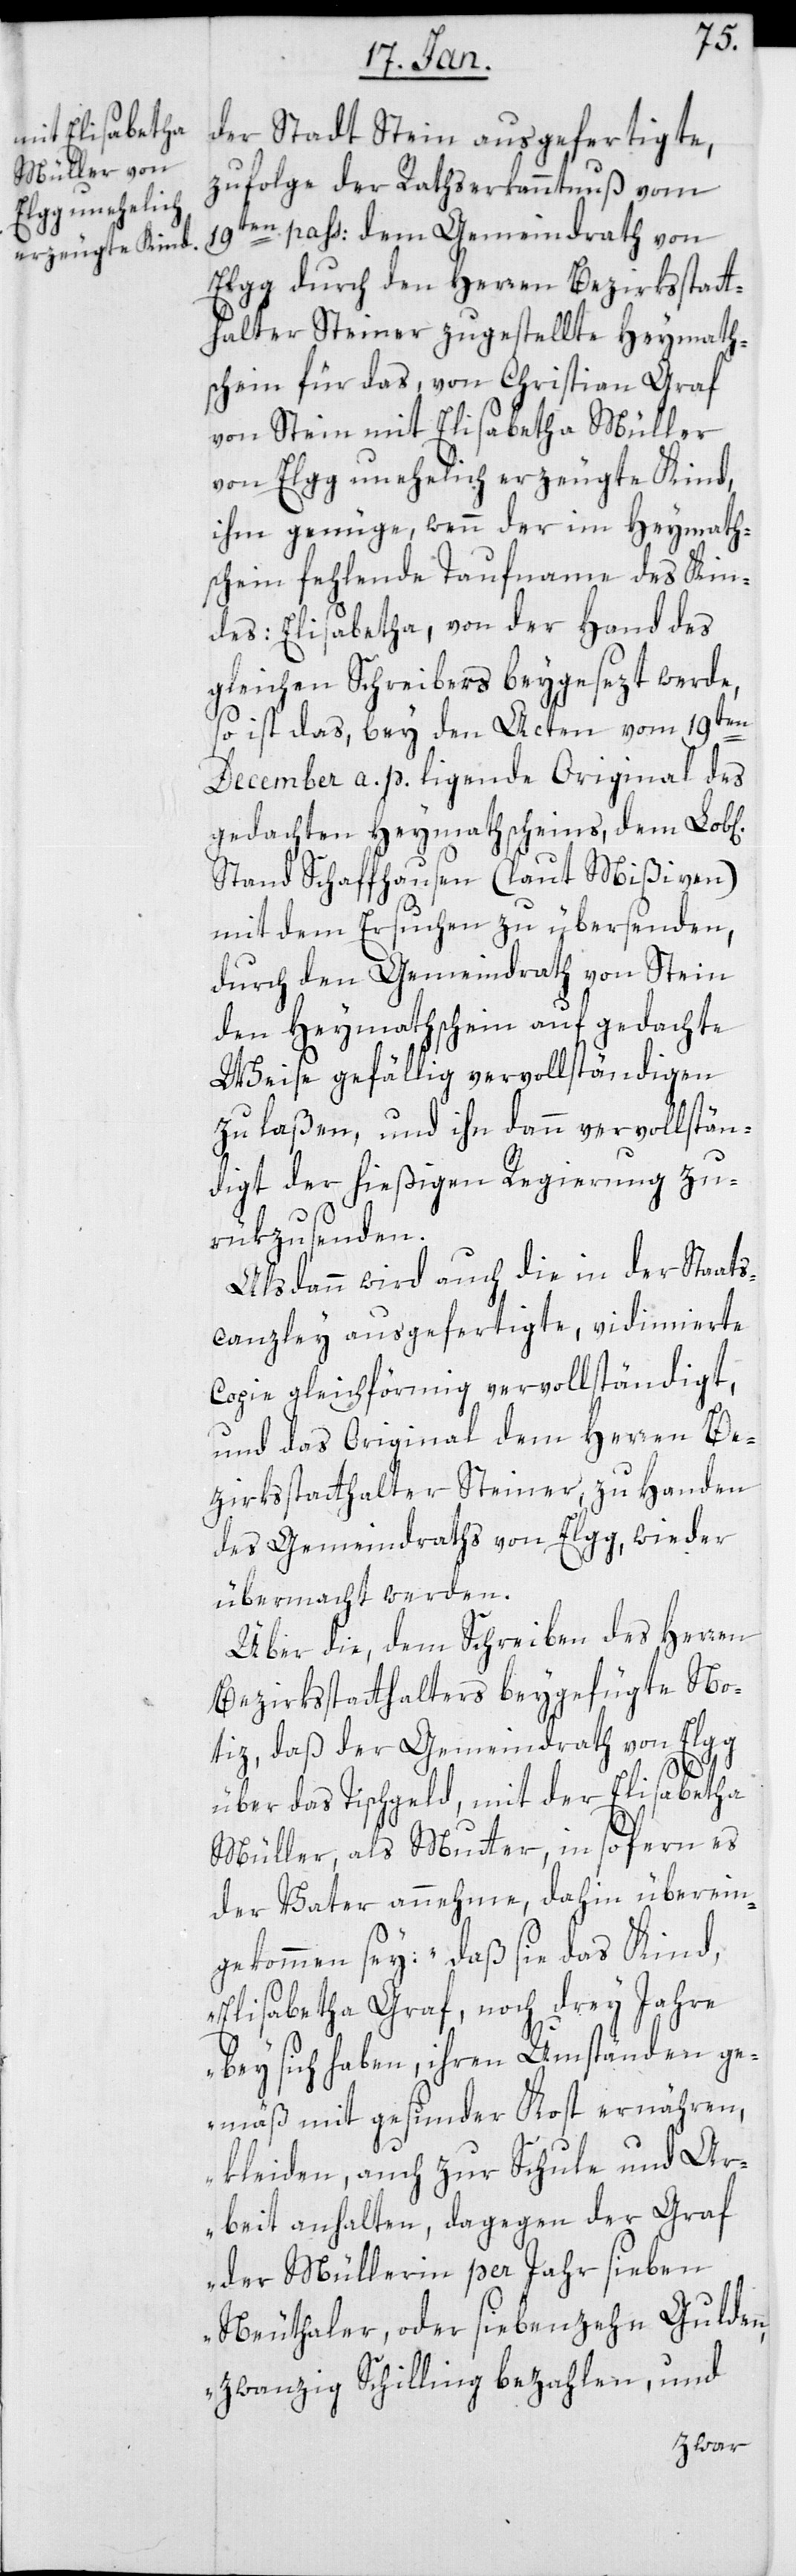
der Stadt Stein ausgefertigte,
zufolge der Rathserkanntnuß vom
19ten paß. dem Gemeindrath von
Elgg durch den Herren Bezirksstatt¬
halter Steiner zugestellte Heymath¬
schein für das, von Christian Graf
von Stein mit Elisabetha Müller
von Elgg unehelich erzeugte Kind,
ihm genüge, wenn der im Heymath¬
schein fehlende Taufname des Kin¬
des: Elisabetha, von der Hand des
gleichen Schriebers beygefügt werde,
so ist das, bey den Acten vom 19ten
December a. p. ligende Original des
gedachten Heymathscheins, dem L.
Stand Schaffhausen (laut Mißiven)
mit dem Ersuchen zu übersenden,
durch den Gemeindrath von Stein
den Heymathschein auf gedachte
Weise gefällig vervollständigen
zu laßen, und ihn dann vervollstän¬
digt der hießigen Regierung zu¬
rükzusenden.
Alsdann wird auch die in der Staats¬
canzley ausgefertigte, vidimierte
Copie gleichförmig vervollständigt,
und das Original dem Herren Be¬
zirksstatthalter Steiner, zu Handen
des Gemeindraths von Elgg, wieder
übermacht werden.
Über die, dem Schreiben des Herren
Bezirksstatthalters beygefügte No¬
tiz, daß der Gemeindrath von Elgg
über das Tischgeld, mit der Elisabetha
Müller, als Mutter, in sofern es
der Vater annehme, dahin überein¬
gekommen sey: "daß sie das Kind,
Elisabetha Graf, noch drey Jahre
bey sich haben, ihren Umständen ge¬
mäß mit gesunder Kost ernähren,
kleiden, auch zur Schule und Ar¬
beit anhalten, dagegen der Graf
der Müllerin per Jahr sieben
Neuthaler, oder siebenzehn Gulden,
zwanzig Schilling bezahlen, und